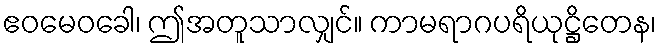
ဧဝမေဝခေါ၊ ဤအတူသာလျှင်။ ကာမရာဂပရိယုဋ္ဌိတေန၊